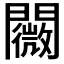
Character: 𨷋